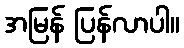
အမြန် ပြန်လာပါ။